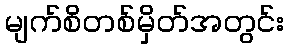
မျက်စိတစ်မှိတ်အတွင်း